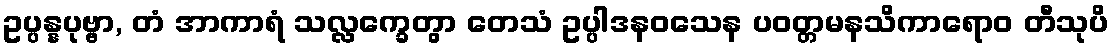
ဥပ္ပန္နပုဗ္ဗာ, တံ အာကာရံ သလ္လက္ခေတွာ တေသံ ဥပ္ပါဒနဝသေန ပဝတ္တမနသိကာရောဝ တီသုပိ